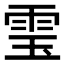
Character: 𮸬